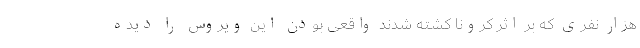
هزار نفری که بر اثر کرونا کشته شدند واقعی بودن این ویروس را دیده